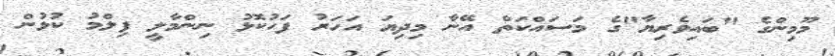
މޫމިންގެ "ބައިވެރިޔާ"ގެ މަސައްކަތް އޭނާ މިދިޔަ އަހަރު ފަހުކޮޅު ނިންމާލީ ފިލްމު ކުޅުން